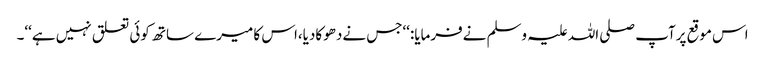
اس موقع پرآپ صلی اللہ علیہ وسلم نےفرمایا:‘‘جس نےدھوکادیا،اس کا میرے ساتھ کوئی تعلق نہیں ہے‘‘۔